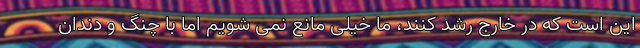
این است که در خارج رشد کنند، ما خیلی مانع نمی شویم اما با چنگ و دندان